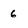
Character: 6